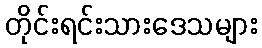
တိုင်းရင်းသားဒေသများ